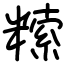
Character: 𥻨